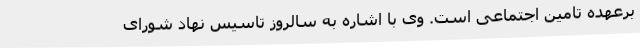
برعهده تامین اجتماعی است. وی با اشاره به سالروز تاسیس نهاد شورای